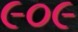
૯૦૯